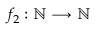
f _ { 2 } : \mathbb { N } \longrightarrow \mathbb { N }